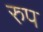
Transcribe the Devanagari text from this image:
रुप